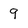
Character: 9